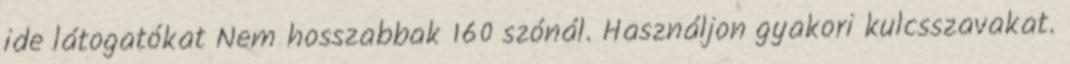
ide látogatókat Nem hosszabbak 160 szónál. Használjon gyakori kulcsszavakat.